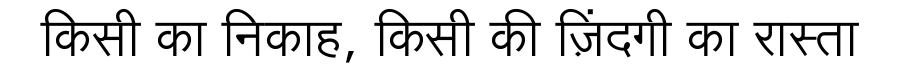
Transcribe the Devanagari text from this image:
किसी का निकाह, किसी की ज़िंदगी का रास्ता